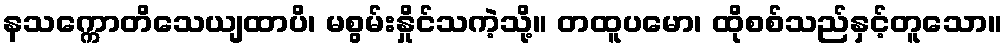
နသက္ကောတိသေယျထာပိ၊ မစွမ်းနှိုင်သကဲ့သို့။ တထူပမော၊ ထိုစစ်သည်နှင့်တူသော။